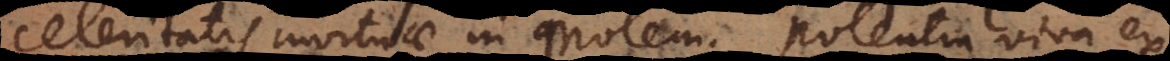
celeritatis mortuae in molem. Potentia viva ex